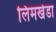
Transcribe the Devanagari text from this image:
लिमखेडा